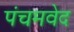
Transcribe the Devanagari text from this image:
पंचमवेद